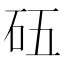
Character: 𥐳